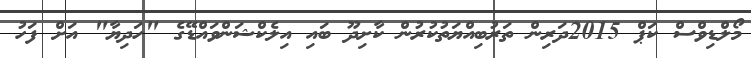
މޯލްޑިވްސް ކަޕް 2015ދަރިން ތަރުބިއްޔަތުކުރުން ކާށިދޫ ބައި އިލެކްޝަންވައްޑޭގެ "ހަދިޔާ" އަށް ފަހު